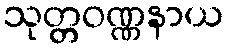
သုတ္တဝဏ္ဏနာယ